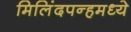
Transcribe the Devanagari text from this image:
मिलिंदपन्हमध्ये